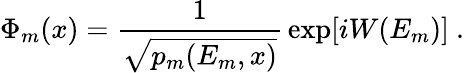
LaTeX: \Phi_{m}(x)={\frac{1}{\sqrt{p_{m}(E_{m},x)}}}\exp[iW(E_{m})]\ .